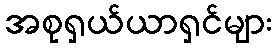
အစုရှယ်ယာရှင်များ